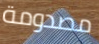
مصدومة